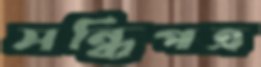
সন্ধিপত্র